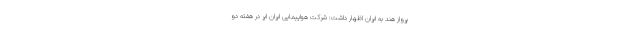
پرواز هند به ایران اظهار داشت: شرکت هواپیمایی ایران ایر در هفته دو